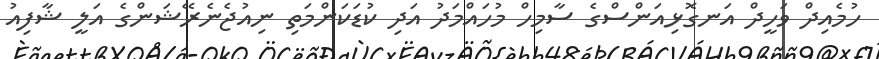
ހުމެއިދް ވަހީދް އަނގޮޅިއަންސްގެ ސާމިހް މުހައްމަދު އަދި ކުޑަކަންމަތި ނިއުޖެނެރޭޝަންގެ އަލީ ޝާފިއު